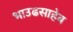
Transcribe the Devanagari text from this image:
भाउढसाहेब